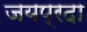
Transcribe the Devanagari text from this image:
जयप्रदा